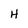
Character: H